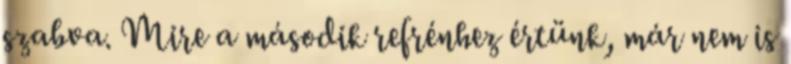
szabva. Mire a második refrénhez értünk, már nem is